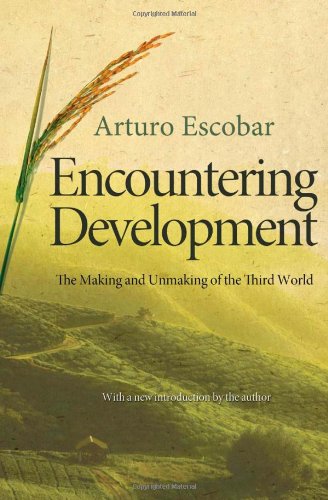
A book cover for Encountering Development: The Making and Unmaking of the Third World; Arturo Escobar; Business & Money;